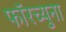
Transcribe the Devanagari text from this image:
फॉरच्युना